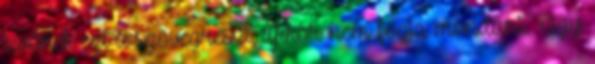
tevőnek ezt a szövegrészt, akkor nem fogja mondani. Úgy